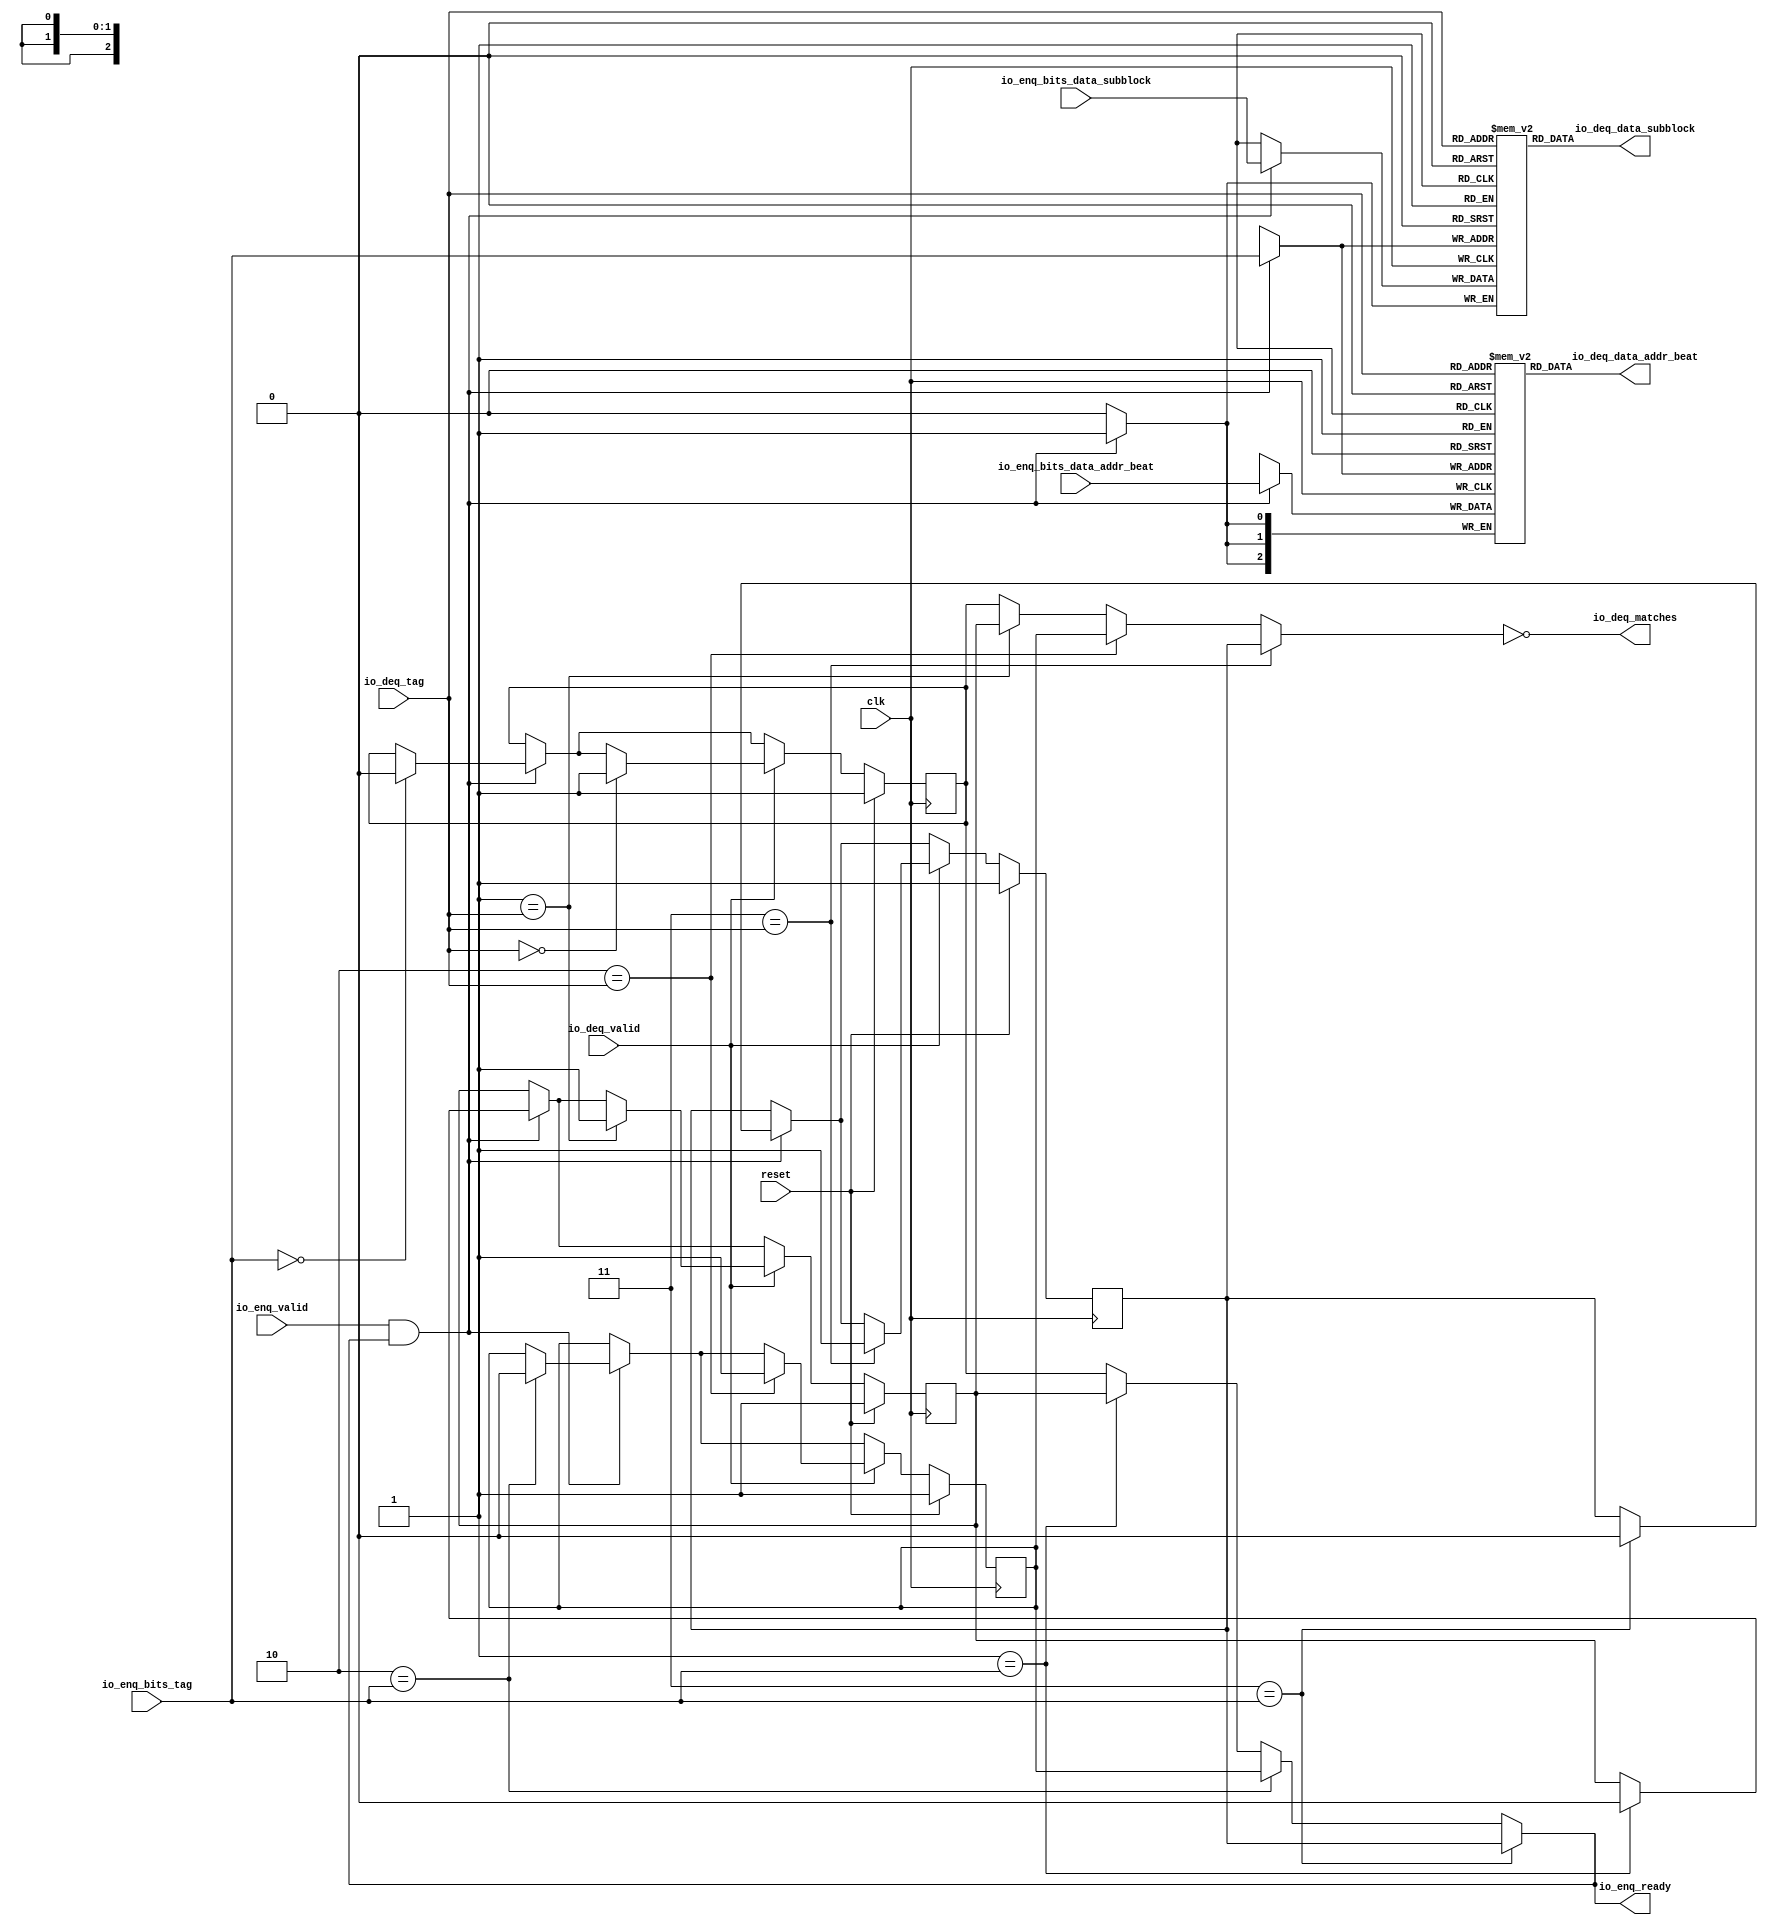
module ReorderQueue_3(
  input   clk,
  input   reset,
  output  io_enq_ready,
  input   io_enq_valid,
  input  [2:0] io_enq_bits_data_addr_beat,
  input   io_enq_bits_data_subblock,
  input  [1:0] io_enq_bits_tag,
  input   io_deq_valid,
  input  [1:0] io_deq_tag,
  output [2:0] io_deq_data_addr_beat,
  output  io_deq_data_subblock,
  output  io_deq_matches
);
  reg [2:0] T_184_addr_beat [0:3];
  reg [31:0] GEN_14;
  wire [2:0] T_184_addr_beat_T_200_data;
  wire [1:0] T_184_addr_beat_T_200_addr;
  wire  T_184_addr_beat_T_200_en;
  wire [2:0] T_184_addr_beat_T_221_data;
  wire [1:0] T_184_addr_beat_T_221_addr;
  wire  T_184_addr_beat_T_221_mask;
  wire  T_184_addr_beat_T_221_en;
  reg  T_184_subblock [0:3];
  reg [31:0] GEN_15;
  wire  T_184_subblock_T_200_data;
  wire [1:0] T_184_subblock_T_200_addr;
  wire  T_184_subblock_T_200_en;
  wire  T_184_subblock_T_221_data;
  wire [1:0] T_184_subblock_T_221_addr;
  wire  T_184_subblock_T_221_mask;
  wire  T_184_subblock_T_221_en;
  wire  T_194_0;
  wire  T_194_1;
  wire  T_194_2;
  wire  T_194_3;
  reg  T_198_0;
  reg [31:0] GEN_16;
  reg  T_198_1;
  reg [31:0] GEN_17;
  reg  T_198_2;
  reg [31:0] GEN_18;
  reg  T_198_3;
  reg [31:0] GEN_19;
  wire  GEN_0;
  wire  GEN_4;
  wire  GEN_5;
  wire  GEN_6;
  wire  GEN_1;
  wire  GEN_7;
  wire  GEN_8;
  wire  GEN_9;
  wire  T_219;
  wire  T_220;
  wire  GEN_2;
  wire  GEN_10;
  wire  GEN_11;
  wire  GEN_12;
  wire  GEN_13;
  wire  GEN_22;
  wire  GEN_23;
  wire  GEN_24;
  wire  GEN_25;
  wire  GEN_3;
  wire  GEN_26;
  wire  GEN_27;
  wire  GEN_28;
  wire  GEN_29;
  wire  GEN_31;
  wire  GEN_32;
  wire  GEN_33;
  wire  GEN_34;
  assign io_enq_ready = GEN_0;
  assign io_deq_data_addr_beat = T_184_addr_beat_T_200_data;
  assign io_deq_data_subblock = T_184_subblock_T_200_data;
  assign io_deq_matches = T_219;
  assign T_184_addr_beat_T_200_addr = io_deq_tag;
  assign T_184_addr_beat_T_200_en = 1'h1;
  assign T_184_addr_beat_T_200_data = T_184_addr_beat[T_184_addr_beat_T_200_addr];
  assign T_184_addr_beat_T_221_data = io_enq_bits_data_addr_beat;
  assign T_184_addr_beat_T_221_addr = io_enq_bits_tag;
  assign T_184_addr_beat_T_221_mask = T_220;
  assign T_184_addr_beat_T_221_en = T_220;
  assign T_184_subblock_T_200_addr = io_deq_tag;
  assign T_184_subblock_T_200_en = 1'h1;
  assign T_184_subblock_T_200_data = T_184_subblock[T_184_subblock_T_200_addr];
  assign T_184_subblock_T_221_data = io_enq_bits_data_subblock;
  assign T_184_subblock_T_221_addr = io_enq_bits_tag;
  assign T_184_subblock_T_221_mask = T_220;
  assign T_184_subblock_T_221_en = T_220;
  assign T_194_0 = 1'h1;
  assign T_194_1 = 1'h1;
  assign T_194_2 = 1'h1;
  assign T_194_3 = 1'h1;
  assign GEN_0 = GEN_6;
  assign GEN_4 = 2'h1 == io_enq_bits_tag ? T_198_1 : T_198_0;
  assign GEN_5 = 2'h2 == io_enq_bits_tag ? T_198_2 : GEN_4;
  assign GEN_6 = 2'h3 == io_enq_bits_tag ? T_198_3 : GEN_5;
  assign GEN_1 = GEN_9;
  assign GEN_7 = 2'h1 == io_deq_tag ? T_198_1 : T_198_0;
  assign GEN_8 = 2'h2 == io_deq_tag ? T_198_2 : GEN_7;
  assign GEN_9 = 2'h3 == io_deq_tag ? T_198_3 : GEN_8;
  assign T_219 = GEN_1 == 1'h0;
  assign T_220 = io_enq_valid & io_enq_ready;
  assign GEN_2 = 1'h0;
  assign GEN_10 = 2'h0 == io_enq_bits_tag ? GEN_2 : T_198_0;
  assign GEN_11 = 2'h1 == io_enq_bits_tag ? GEN_2 : T_198_1;
  assign GEN_12 = 2'h2 == io_enq_bits_tag ? GEN_2 : T_198_2;
  assign GEN_13 = 2'h3 == io_enq_bits_tag ? GEN_2 : T_198_3;
  assign GEN_22 = T_220 ? GEN_10 : T_198_0;
  assign GEN_23 = T_220 ? GEN_11 : T_198_1;
  assign GEN_24 = T_220 ? GEN_12 : T_198_2;
  assign GEN_25 = T_220 ? GEN_13 : T_198_3;
  assign GEN_3 = 1'h1;
  assign GEN_26 = 2'h0 == io_deq_tag ? GEN_3 : GEN_22;
  assign GEN_27 = 2'h1 == io_deq_tag ? GEN_3 : GEN_23;
  assign GEN_28 = 2'h2 == io_deq_tag ? GEN_3 : GEN_24;
  assign GEN_29 = 2'h3 == io_deq_tag ? GEN_3 : GEN_25;
  assign GEN_31 = io_deq_valid ? GEN_26 : GEN_22;
  assign GEN_32 = io_deq_valid ? GEN_27 : GEN_23;
  assign GEN_33 = io_deq_valid ? GEN_28 : GEN_24;
  assign GEN_34 = io_deq_valid ? GEN_29 : GEN_25;
`ifdef RANDOMIZE
  integer initvar;
  initial begin
    `ifndef verilator
      #0.002;
    `endif
  GEN_14 = {1{$random}};
  `ifdef RANDOMIZE
  for (initvar = 0; initvar < 4; initvar = initvar+1)
    T_184_addr_beat[initvar] = GEN_14[2:0];
  `endif
  GEN_15 = {1{$random}};
  `ifdef RANDOMIZE
  for (initvar = 0; initvar < 4; initvar = initvar+1)
    T_184_subblock[initvar] = GEN_15[0:0];
  `endif
  `ifdef RANDOMIZE
  GEN_16 = {1{$random}};
  T_198_0 = GEN_16[0:0];
  `endif
  `ifdef RANDOMIZE
  GEN_17 = {1{$random}};
  T_198_1 = GEN_17[0:0];
  `endif
  `ifdef RANDOMIZE
  GEN_18 = {1{$random}};
  T_198_2 = GEN_18[0:0];
  `endif
  `ifdef RANDOMIZE
  GEN_19 = {1{$random}};
  T_198_3 = GEN_19[0:0];
  `endif
  end
`endif
  always @(posedge clk) begin
    if(T_184_addr_beat_T_221_en & T_184_addr_beat_T_221_mask) begin
      T_184_addr_beat[T_184_addr_beat_T_221_addr] <= T_184_addr_beat_T_221_data;
    end
    if(T_184_subblock_T_221_en & T_184_subblock_T_221_mask) begin
      T_184_subblock[T_184_subblock_T_221_addr] <= T_184_subblock_T_221_data;
    end
    if(reset) begin
      T_198_0 <= T_194_0;
    end else begin
      if(io_deq_valid) begin
        if(2'h0 == io_deq_tag) begin
          T_198_0 <= GEN_3;
        end else begin
          if(T_220) begin
            if(2'h0 == io_enq_bits_tag) begin
              T_198_0 <= GEN_2;
            end
          end
        end
      end else begin
        if(T_220) begin
          if(2'h0 == io_enq_bits_tag) begin
            T_198_0 <= GEN_2;
          end
        end
      end
    end
    if(reset) begin
      T_198_1 <= T_194_1;
    end else begin
      if(io_deq_valid) begin
        if(2'h1 == io_deq_tag) begin
          T_198_1 <= GEN_3;
        end else begin
          if(T_220) begin
            if(2'h1 == io_enq_bits_tag) begin
              T_198_1 <= GEN_2;
            end
          end
        end
      end else begin
        if(T_220) begin
          if(2'h1 == io_enq_bits_tag) begin
            T_198_1 <= GEN_2;
          end
        end
      end
    end
    if(reset) begin
      T_198_2 <= T_194_2;
    end else begin
      if(io_deq_valid) begin
        if(2'h2 == io_deq_tag) begin
          T_198_2 <= GEN_3;
        end else begin
          if(T_220) begin
            if(2'h2 == io_enq_bits_tag) begin
              T_198_2 <= GEN_2;
            end
          end
        end
      end else begin
        if(T_220) begin
          if(2'h2 == io_enq_bits_tag) begin
            T_198_2 <= GEN_2;
          end
        end
      end
    end
    if(reset) begin
      T_198_3 <= T_194_3;
    end else begin
      if(io_deq_valid) begin
        if(2'h3 == io_deq_tag) begin
          T_198_3 <= GEN_3;
        end else begin
          if(T_220) begin
            if(2'h3 == io_enq_bits_tag) begin
              T_198_3 <= GEN_2;
            end
          end
        end
      end else begin
        if(T_220) begin
          if(2'h3 == io_enq_bits_tag) begin
            T_198_3 <= GEN_2;
          end
        end
      end
    end
  end
endmodule